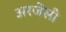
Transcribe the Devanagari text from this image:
अरजेंसी